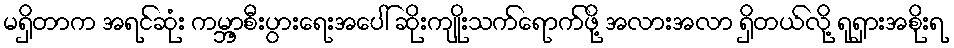
မရှိတာက အရင်ဆုံး ကမ္ဘာ့စီးပွားရေးအပေါ် ဆိုးကျိုးသက်ရောက်ဖို့ အလားအလာ ရှိတယ်လို့ ရုရှားအစိုးရ